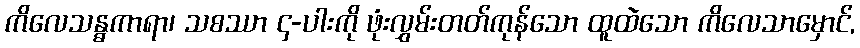
ကိလေသန္ဓကာရာ၊ သစဿာ ၄-ပါးကို ဖုံးလွှမ်းတတ်ကုန်သော ထူထဲသော ကိလေသာမှောင်,